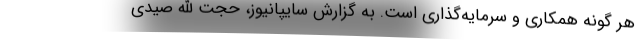
هر گونه همکاری و سرمایه‌گذاری است. به گزارش سایپانیوز، حجت الله صیدی